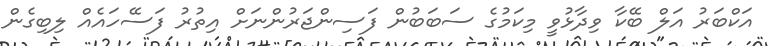
އަކްބަރު އަލް ބޭކާ ވިދާޅުވީ މިކަމުގެ ސަބަބުން ފަސިންޖަރުންނަށް އިތުރު ފަސޭހައެއް ލިބިގެން